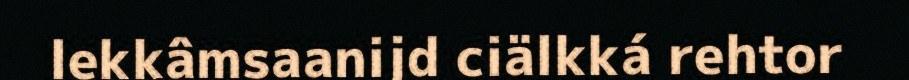
lekkâmsaanijd ciälkká rehtor